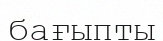
бағыпты